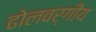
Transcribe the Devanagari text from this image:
ढोलवर्गीय